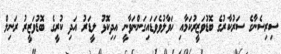
ސިރިސެނާގެ ސަރުކާރުގެ ބޮޑުވަޒީރުކަމާއި ހަވާލުވެވަޑައިގަންނަވާނީ އިދިކޮޅު ލީޑަރު އަދި ކުރީގެ ބޮޑުވަޒީރު ރަނިލް